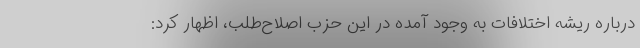
درباره ریشه اختلافات به وجود آمده در این حزب اصلاح‌طلب، اظهار کرد: